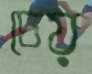
চেয়